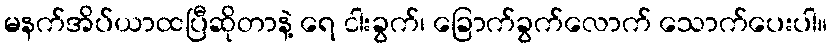
မနက်အိပ်ယာထပြီဆိုတာနဲ့ ရေ ငါးခွက်၊ ခြောက်ခွက်လောက် သောက်ပေးပါ။